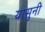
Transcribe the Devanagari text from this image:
यासुनी